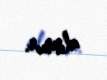
alınmır.